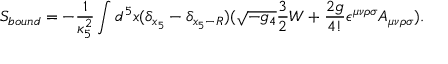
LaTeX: S _ { b o u n d } = - \frac { 1 } { \kappa _ { 5 } ^ { 2 } } \int d ^ { 5 } x ( \delta _ { x _ { 5 } } - \delta _ { x _ { 5 } - R } ) ( \sqrt { - g _ { 4 } } \frac { 3 } { 2 } W + \frac { 2 g } { 4 ! } \epsilon ^ { \mu \nu \rho \sigma } A _ { \mu \nu \rho \sigma } ) .